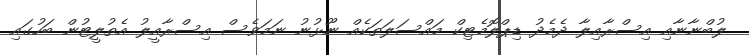
ލުބްނާނާއި އިސްރާއިލާ ދެމެދު ޑިޕްލޮމެޓިކް މައްސަލަތަކެއް ނޫޅުނު ނަމަވެސް އިސްރާއީލު އެތުލީޓުން ބަހުގައި